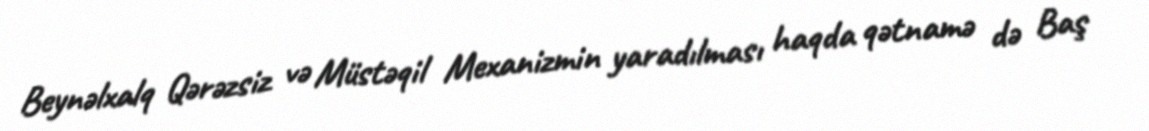
Beynəlxalq Qərəzsiz və Müstəqil Mexanizmin yaradılması haqda qətnamə də Baş